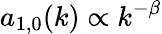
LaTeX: a_{1,0}(k)\propto k^{-\beta}